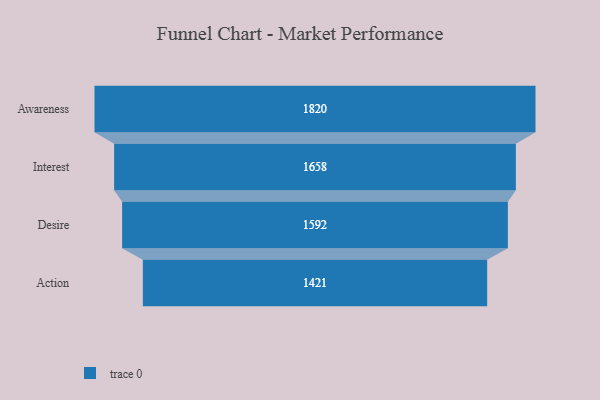
{"axis": {"x": "Stage", "y": "Value"}, "legend": [""], "data": [{"x": "Awareness", "y": 1820.0, "type": ""}, {"x": "Interest", "y": 1658.0, "type": ""}, {"x": "Desire", "y": 1592.0, "type": ""}, {"x": "Action", "y": 1421.0, "type": ""}]}